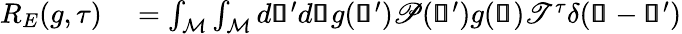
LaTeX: \begin{array}{rl}{R_{E}(g,\tau)}&{{}=\int_{\mathcal{M}}\int_{\mathcal{M}}d\pmb{\mathscr{s}}^{\prime}d\pmb{\mathscr{s}}g(\pmb{\mathscr{s}}^{\prime})\mathscr{P}(\pmb{\mathscr{s}}^{\prime})g(\pmb{\mathscr{s}})\mathscr{T}^{\tau}\delta(\pmb{\mathscr{s}}-\pmb{\mathscr{s}}^{\prime})}\end{array}